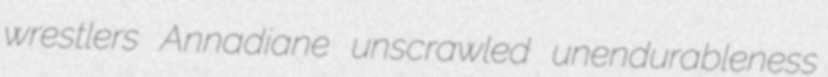
wrestlers Annadiane unscrawled unendurableness